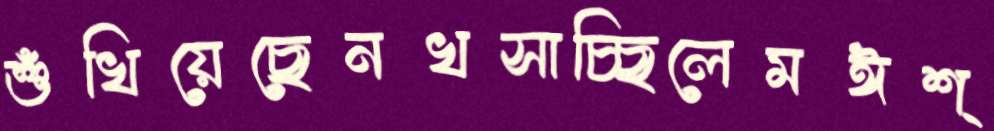
শুঁখিয়েছেনখসাচ্ছিলেমঈশ্